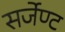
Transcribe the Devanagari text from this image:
सर्जेण्ट